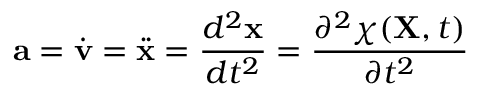
\ \mathbf { a } = { \dot { \mathbf { v } } } = { \ddot { \mathbf { x } } } = { \frac { d ^ { 2 } \mathbf { x } } { d t ^ { 2 } } } = { \frac { \partial ^ { 2 } \chi ( \mathbf { X } , t ) } { \partial t ^ { 2 } } }